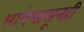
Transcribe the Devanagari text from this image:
भाषेपासूनही